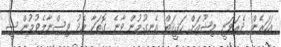
އަހަރެން ދެރަވަނީ މިޝޫއަށް ހަޤީޤަތް އެނގުމުން ވާނެ ގޮތަކާ މެދު ވިސްނާލެވުމުން ޝީ